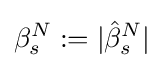
\beta _{s}^{N}:=|{\hat {\beta }}_{s}^{N}|